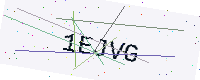
Text: 1EJVG